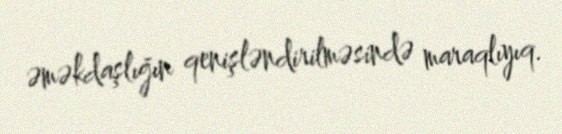
əməkdaşlığın qenişləndirilməsində maraqlıyıq.